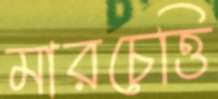
মারচেত্তি